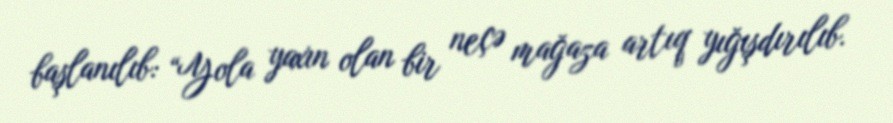
başlanılıb: “Yola yaxın olan bir neçə mağaza artıq yığışdırılıb.